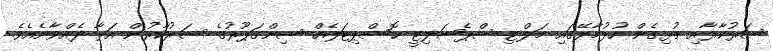
ސަރުކާރާއި ގުޅިގެން ހުޅުމާލޭގައި މަލްޓި ސްޕެޝަލިޓީ ހޮސްޕިޓަލެއް ސިންގަޕޫރުގެ ސަރުކާރުން އަޅާ ދެއްވާނެއެވެ.